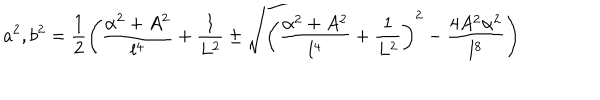
LaTeX: a ^ { 2 } , b ^ { 2 } = \frac { 1 } { 2 } \left( \frac { \alpha ^ { 2 } + A ^ { 2 } } { l ^ { 4 } } + \frac { 1 } { L ^ { 2 } } \pm \sqrt { \left( \frac { \alpha ^ { 2 } + A ^ { 2 } } { l ^ { 4 } } + \frac { 1 } { L ^ { 2 } } \right) ^ { 2 } - \frac { 4 A ^ { 2 } \alpha ^ { 2 } } { l ^ { 8 } } } \right)